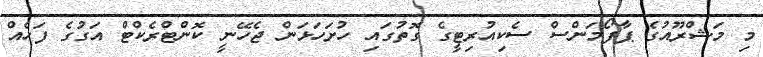
މި މަޝްރޫއުގެ ޕާފޯމަންސް ސެކިއުރިޓީގެ ގޮތުގައި ހުށަހަޅަން ޖެހޭނީ ކޮންޓްރެކްޓް އަގުގެ ފަހެއް